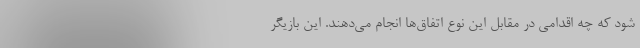
شود که چه اقدامی در مقابل این نوع اتفاق‌ها انجام می‌دهند. این بازیگر